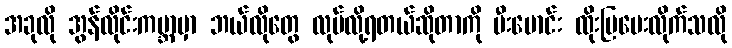
အခုလို အွန်လိုင်းကမ္ဘာမှာ ဘယ်လိုတွေ လုပ်လို့ရတယ်ဆိုတာကို မီးမောင်း ထိုးပြပေးလိုက်သလို